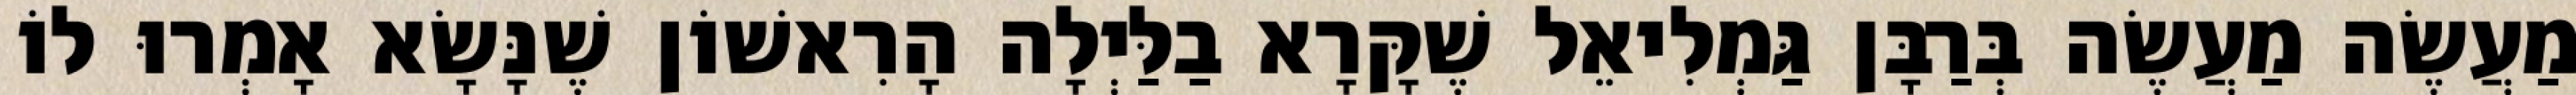
מַעֲשֶׂה מַעֲשֶׂה בְּרַבָּן גַּמְלִיאֵל שֶׁקָּרָא בַלַּיְלָה הָרִאשׁוֹן שֶׁנָּשָׂא אָמְרוּ לוֹ